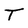
Character: T